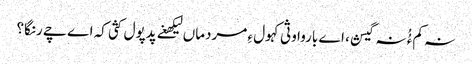
نہ کم ءُُ نہ گیش، اے باروا وثی کہول ءِ مردماں لیکھغے پدپول کثی کہ اے چے رنگا؟